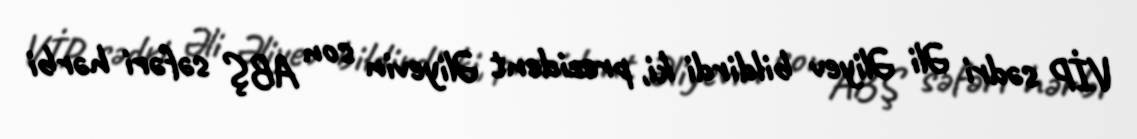
VİP sədri Əli Əliyev bildirdi ki, prezident Əliyevin son ABŞ səfəri hərbi